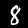
Label: 8